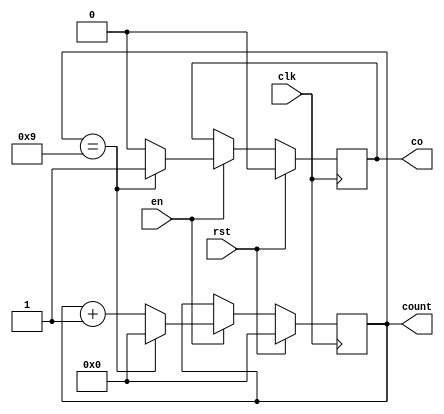
module count_10(
    input wire rst,
    input wire clk,
    input wire en,
    output reg [3:0] count,
    output reg co
);
    always @ (posedge clk) begin
        if (rst) begin
            count <= 4'b0;
            co <= 1'b0;
        end
        else if (en) begin
            if (count == 4'd9) begin
                count <= 4'b0;
                co <= 1'b1;
            end
            else begin
                count <= count + 1'b1;
                co <= 1'b0;
            end
        end
    end
endmodule